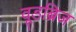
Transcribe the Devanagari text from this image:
वूडब्रिज